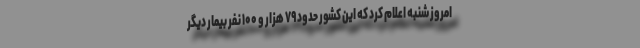
امروز شنبه اعلام کرد که این کشور حدود ۷۹ هزار و ۱۰۰ نفر بیمار دیگر